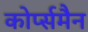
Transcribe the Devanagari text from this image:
कोर्प्समैन